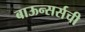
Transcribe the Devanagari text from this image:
बाऊन्सर्सची